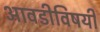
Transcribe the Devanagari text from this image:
आवडीविषयी